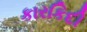
કારકિદી